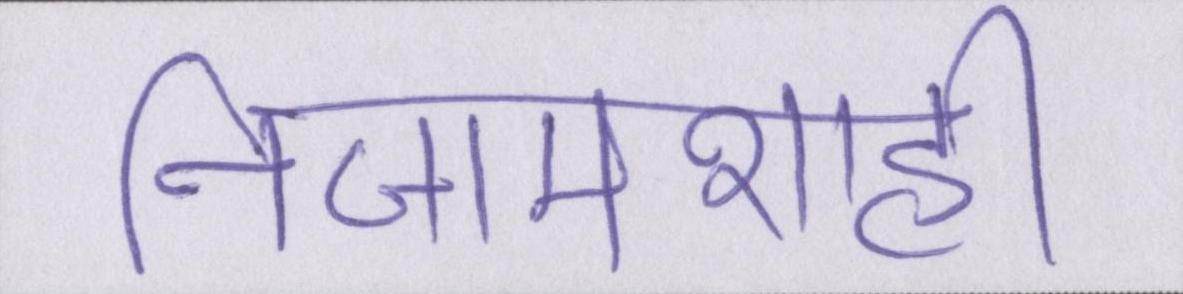
निजामशाही